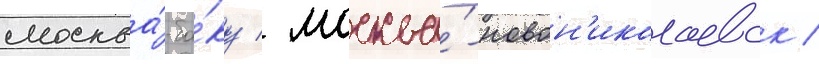
москва́-ба́ку / москва́-новон'иколаевск /